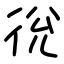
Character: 㣞